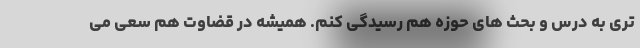
تری به درس و بحث های حوزه هم رسیدگی کنم. همیشه در قضاوت هم سعی می